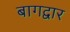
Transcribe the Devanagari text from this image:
बागद्वार